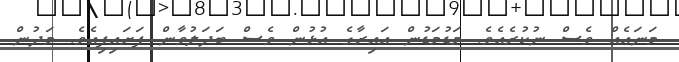
މަނައެއް ވެސް ނުކުރެއެވެ. މަޑުމަޑުން އައިރާގެ އުޅުން ވެސް ބަދަލުވާން ފަށައިފިއެވެ. މަދުން